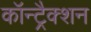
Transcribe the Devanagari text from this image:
कॉन्ट्रैक्शन